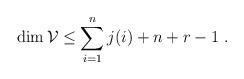
LaTeX: \begin{align*}\dim {\mathcal V}\le\sum_{i=1}^nj(i)+n+r-1\ .\end{align*}